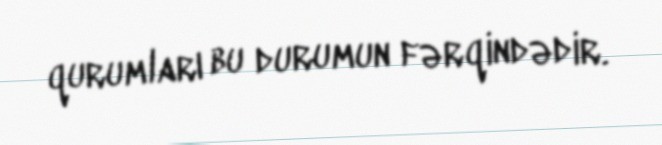
qurumları bu durumun fərqindədir.